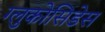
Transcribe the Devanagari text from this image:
ग्लुकोसिडेस